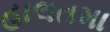
હાલતમા